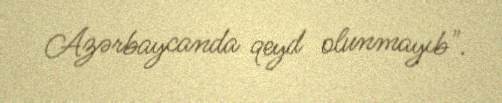
Azərbaycanda qeyd olunmayıb".